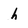
Character: h